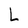
Character: L